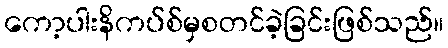
ကော့ပါးနိကပ်စ်မှစတင်ခဲ့ခြင်းဖြစ်သည်။